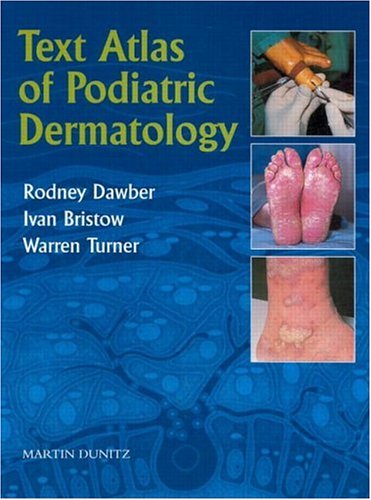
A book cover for Text Atlas of Podiatric Dermatology; Rodney Dawber; Medical Books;